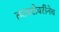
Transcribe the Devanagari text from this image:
त्याबरोबरीनेच